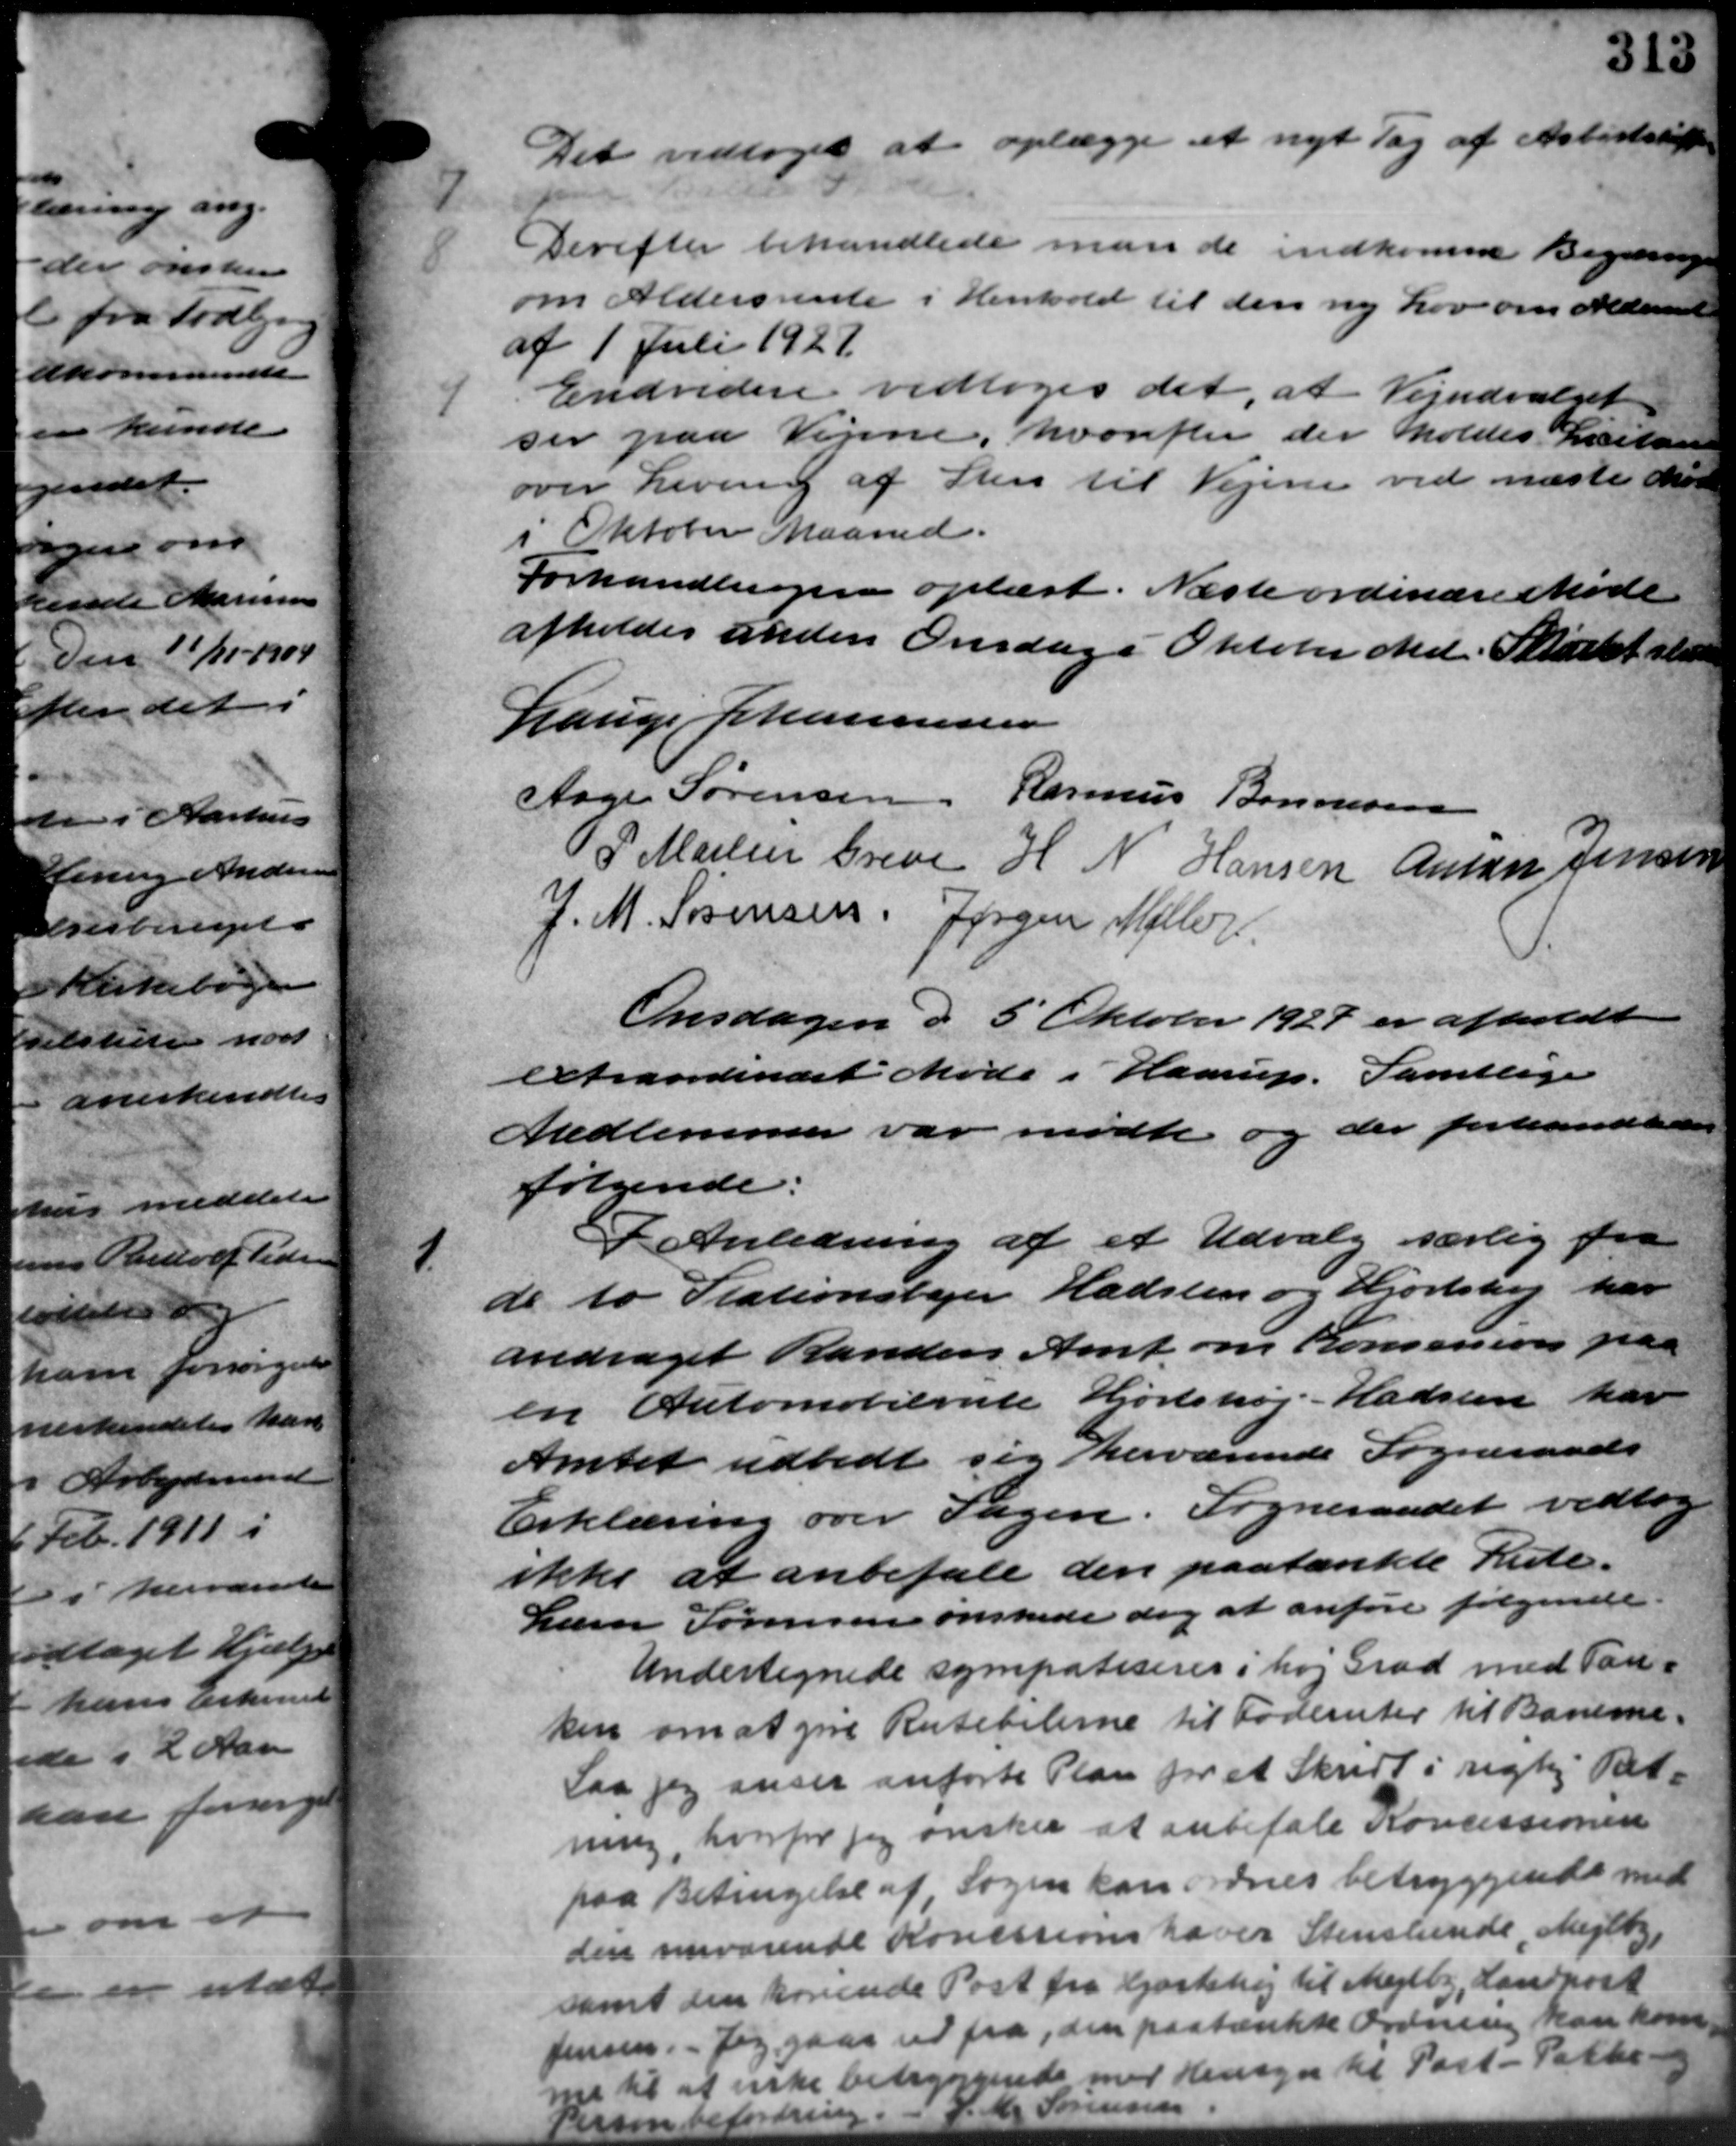
Transskription:
Det vedtoges at oplægge et nyt Tag af Arbejdskifter

Derefter behandlede man de indkomne Begæring
om Aldersrente i Henhold til den ny Lov om Aldersrente
af 1 Juli 1927

Endvidere vedtoges det, at Vejudvalget
ser paa Vejene, hvorefter der holdes Læstaae
over Levering af Sten til Vejene ved næste Møde
i Oktober Maaned.
Forhandlingen oplæst. Næste ordinære Møde
afholdes anden Onsdage Oktober Md. Statet slutte
Lauge Johannesen
Aage Sørensen Rasmus Bonnesen
P. Martin Greve H N Hansen Anton Jensen
J. M. Sørensen Jørgen Møller
Onsdagen d. 5' Oktober 1927 er afholdt
extrandinært Møde i Haarup. Samtlige
Medlemmer var mødte og der forhandlede
følgende:
1.
I Anledning af et Udvalg særlig fra
de to Stationsbejer Hadsten og Hjortshøj har
andraget Randers Amt om Konsession paa
en Automobilrute Hjortshøj - Hadsten har
Amtet udbedt sig herværende Sogneraads
Erklæring over Sagen. Sogneraadet vedtoge
ikke at anbefale den paatænkte Reste.
Lærer Sørensen ønskede dog at anføre følgende
Undertegnede sympatiseres i høj Grad med Tan-
ken om at give Rutebilerne til Foderuter til Baneme.
Saa jeg anser anførte Plan for et Skridt i rigtig Bet-
ning, hvorfor jeg ønsker at anbefale Koncessionen
paa Betingelse af Sogn kan idnes betryggende med
den nuværende Konsisions haver Stenslende Mejlby
samt den hørende Post fra Hjortshøj til Mejlby, Landkort
Jensen. Jeg gaar ud fra den paatænkk Ordning kan kom
me til at inske betryggende med Hensyn til Post - Pakke
ordring. V. O. Sørensen